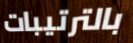
بالترتيبات